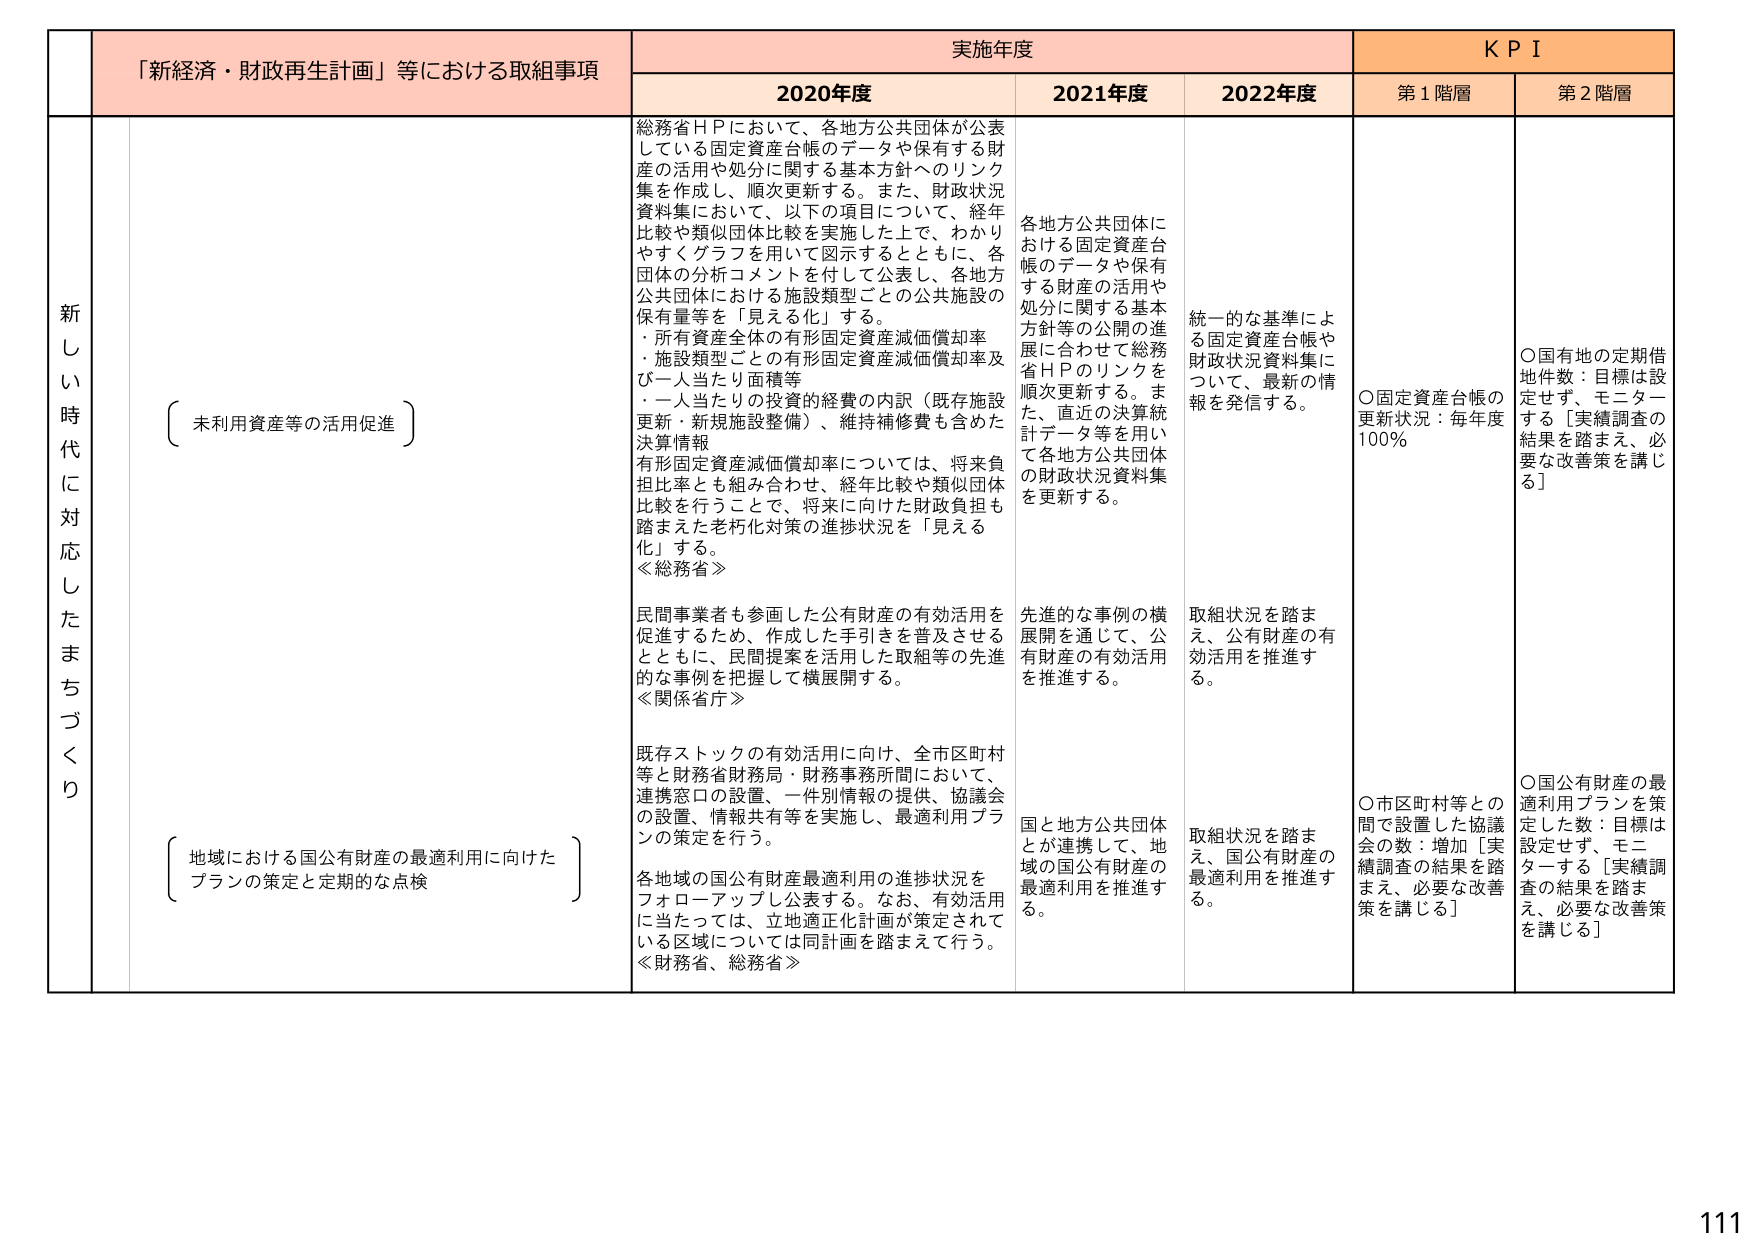
新し い 時 代 に 対 応 し た ま ち づ く り
「新経済・財政再生計画」等における取組事項
実施年度
K P I
2020年度
2021年度
2022年度
第1階層
第2階層
（未利用資産等の活用促進）
総務省ＨＰにおいて、各地方公共団体が公表している固定資産台帳のデータや保有する財産の活用や処分に関する基本方針へのリンク集を作成し、順次更新する。また、財政状況資料集において、以下の項目について、経年比較や類似団体比較を実施した上で、わかりやすくグラフを用いて図示するとともに、各団体の分析コメントを付して公表し、各地方公共団体における施設類型ごとの公共施設の保有量等を「見える化」する。
・所有資産全体の有形固定資産減価償却率
・施設類型ごとの有形固定資産減価償却率及び一人当たり面積等
・一人当たりの投資的経費の内訳（既存施設更新・新規施設整備）、維持補修費も含めた決算情報
有形固定資産減価償却率については、将来負担比率とも組み合わせ、経年比較や類似団体比較を行うことで、将来に向けた財政負担も踏まえた老朽化対策の進捗状況を「見える化」する。
≪総務省≫
民間事業者も参画した公有財産の有効活用を促進するため、作成した手引きを普及させるとともに、民間提案を活用した取組等の先進的な事例を把握して横展開する。
≪関係省庁≫
既存ストックの有効活用に向け、全市区町村等と財務省財務局・財務事務所間において、連携窓口の設置、一件別情報の提供、協議会の設置、情報共有等を実施し、最適利用プランの策定を行う。
各地域の国公有財産最適利用の進捗状況をフォローアップし公表する。なお、有効活用に当たっては、立地適正化計画が策定されている区域については同計画を踏まえて行う。
≪財務省、総務省≫
各地方公共団体における固定資産台帳のデータや保有する財産の活用や処分に関する基本方針等の公開の進展に合わせて総務省ＨＰのリンクを順次更新する。また、直近の決算統計データ等を用いて各地方公共団体の財政状況資料集を更新する。
先進的な事例の横展開を通じて、公有財産の有効活用を推進する。
国と地方公共団体とが連携して、地域の国公有財産の最適利用を推進する。
統一的な基準による固定資産台帳や財政状況資料集について、最新の情報を発信する。
取組状況を踏まえ、公有財産の有効活用を推進する。
取組状況を踏まえ、国公有財産の最適利用を推進する。
〇固定資産台帳の更新状況：毎年度100％
〇市区町村等との間で設置した協議会の数：増加［実績調査の結果を踏まえ、必要な改善策を講じる］
〇国有地の定期借地件数：目標は設定せず、モニターする［実績調査の結果を踏まえ、必要な改善策を講じる］
〇国公有財産の最適利用プランを策定した数：目標は設定せず、モニターする［実績調査の結果を踏まえ、必要な改善策を講じる］
（地域における国公有財産の最適利用に向けたプランの策定と定期的な点検）
111